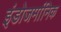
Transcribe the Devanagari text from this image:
इंडोजर्मानिक